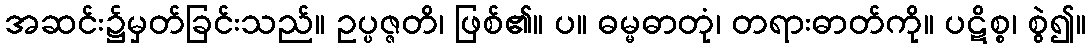
အဆင်း၌မှတ်ခြင်းသည်။ ဥပ္ပဇ္ဇတိ၊ ဖြစ်၏။ ပ။ ဓမ္မဓာတုံ၊ တရားဓာတ်ကို။ ပဋိစ္စ၊ စွဲ၍။